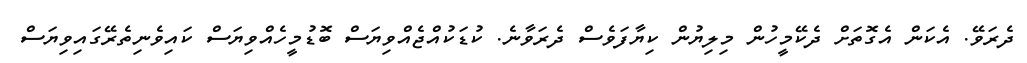
ދެރަވޭ. އެކަން އެގޮތަށް ދެކޭމީހުން މިލިޔުން ކިޔާފަވެސް ދެރަވާނެ. ކުޑަކުއްޖެއްވިޔަސް ބޮޑުމީހެއްވިޔަސް ކައިވެނިތެރޭގައިވިޔަސް